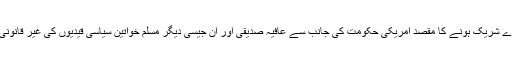
ان کا کہنا تھا کہ خواتین مارچ میں میرے شریک ہونے کا مقصد امریکی حکومت کی جانب سے عافیہ صدیقی اور ان جیسی دیگر مسلم خواتین سیاسی قیدیوں کی غیر قانونی اور ناجائز قید کو منظرعام پر لانا تھا۔